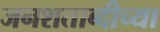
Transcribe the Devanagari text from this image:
जनशताब्दीच्या